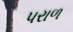
પરાળ